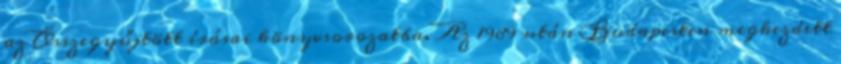
az Összegyűjtött írásai könyvsorozatba. Az 1989 után Budapesten megkezdett